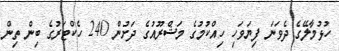
ހުޅުމާލޭގެ ދެވަނަ ފިޔަވަހި ހިއްކުމުގެ މަޝްރޫއުގެ ދަށުން 240 ހެކްޓަރުގެ ބިން ތިން